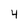
Character: 4